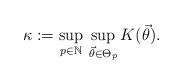
LaTeX: \begin{align*}\kappa:=\sup_{p\in\mathbb{N}}\, \sup_{\vec{\theta}\in\Theta_{p}} K(\vec{\theta}).\end{align*}